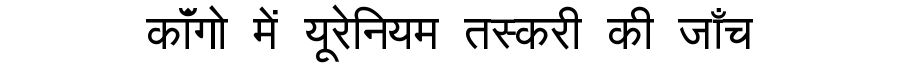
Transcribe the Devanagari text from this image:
कॉंगो में यूरेनियम तस्करी की जाँच